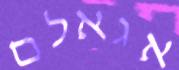
אגאלם